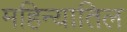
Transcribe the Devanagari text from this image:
महिन्यातिल